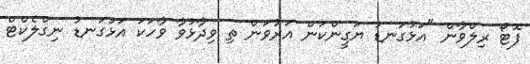
ފޮޓޯ ރިލްވާން "އަޅުގަނޑު ޔަގީންކަން އަރުވަން ތި ވިދާޅުވާ ވާހަކަ އަޅުގަނޑު ނިގްލެކްޓް